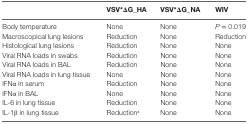
<table><thead><tr><td></td><td><b>VSV*ΔG_HA</b></td><td><b>VSV*ΔG_NA</b></td><td><b>WIV</b></td></tr></thead><tbody><tr><td>Body temperature</td><td>None</td><td>None</td><td><i>P</i> = 0.019</td></tr><tr><td>Macroscopical lung lesions</td><td>Reduction</td><td>None</td><td>Reduction</td></tr><tr><td>Histological lung lesions</td><td>Reduction</td><td>None</td><td>None</td></tr><tr><td>Viral RNA loads in swabs</td><td>Reduction</td><td>None</td><td>None</td></tr><tr><td>Viral RNA loads in BAL</td><td>Reduction</td><td>None</td><td>None</td></tr><tr><td>Viral RNA loads in lung tissue</td><td>None</td><td>None</td><td>None</td></tr><tr><td>IFNα in serum</td><td>Reduction</td><td>None</td><td>None</td></tr><tr><td>IFNα in BAL</td><td>None</td><td>None</td><td>None</td></tr><tr><td>IL-6 in lung tissue</td><td>Reduction</td><td>None</td><td>None</td></tr><tr><td>IL-1β in lung tissue</td><td>Reduction<sup>a</sup></td><td>None</td><td>None</td></tr></tbody></table>